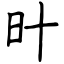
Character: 旪